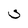
Character: U